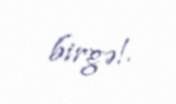
birgə!.